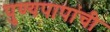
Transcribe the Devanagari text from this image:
पुण्यपापांची